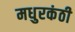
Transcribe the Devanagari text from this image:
मधुरकंठी